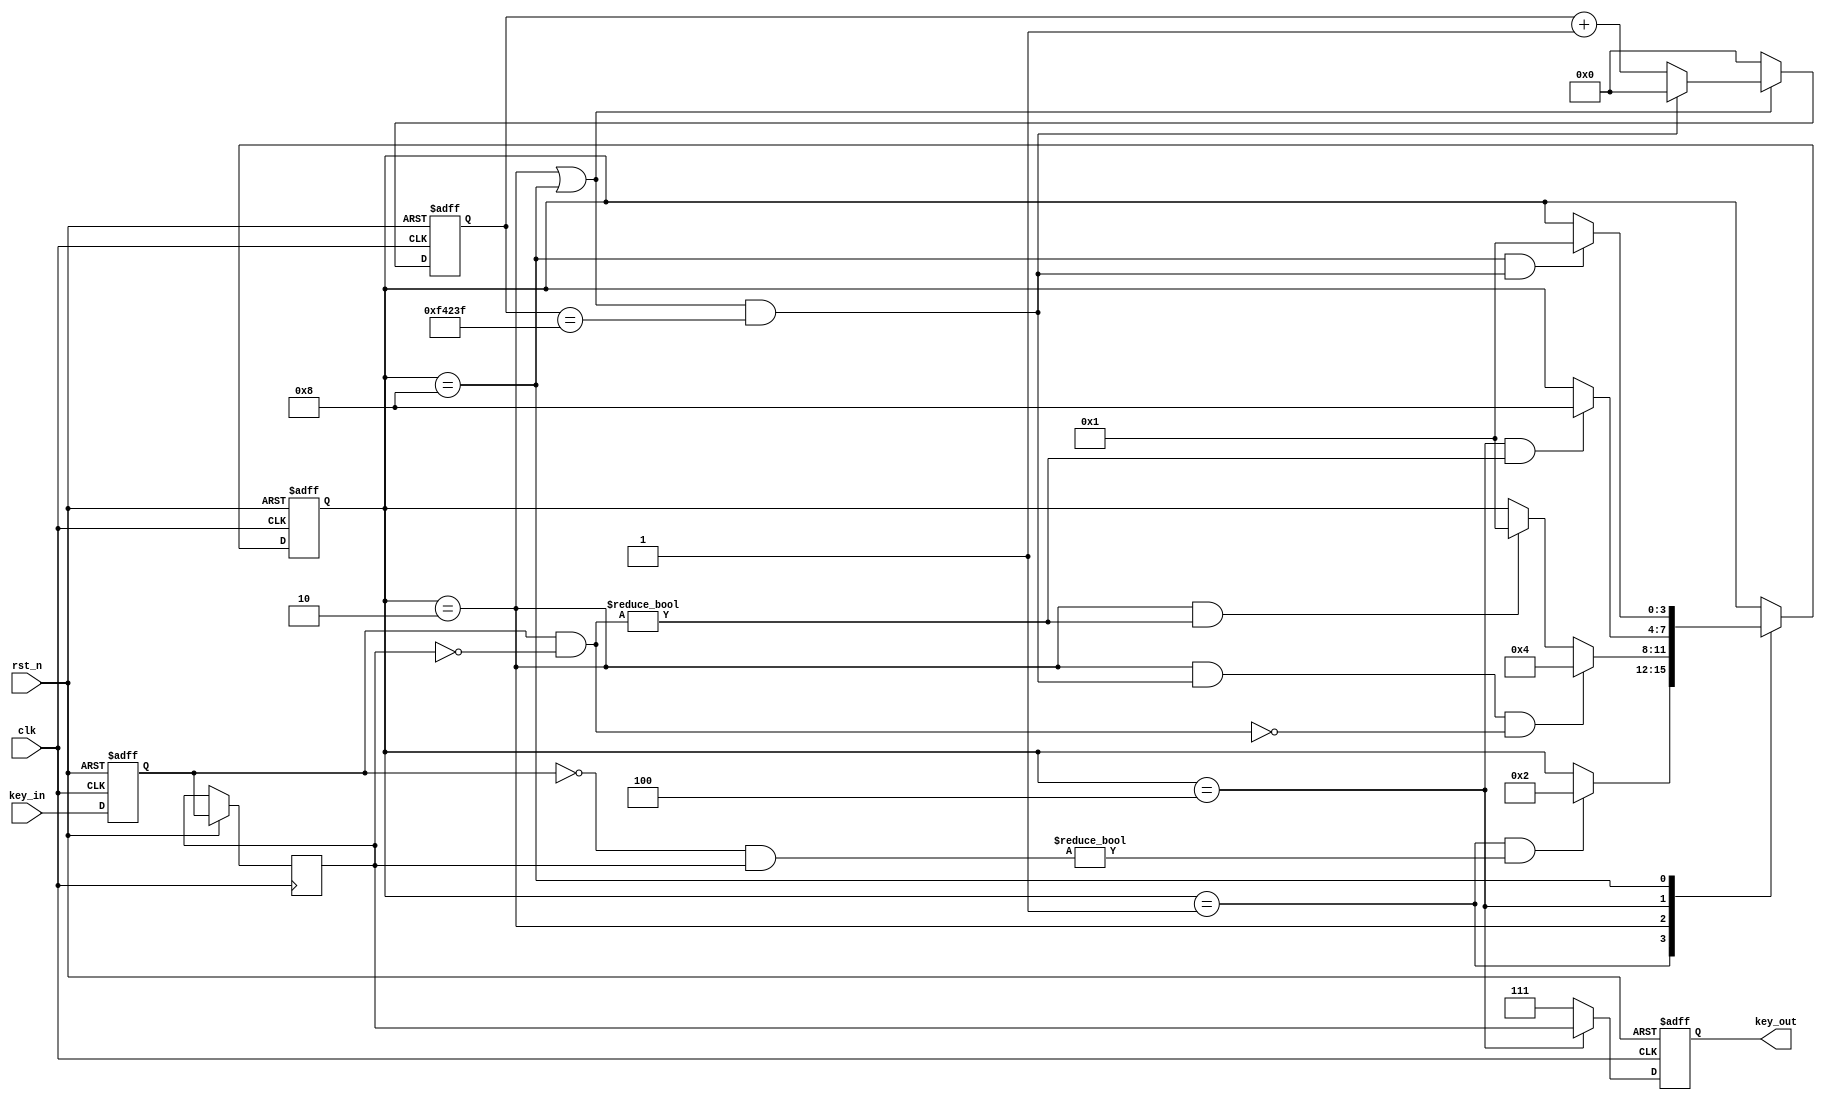
module fsm_key#(parameter TIME_20MS = 1000_000, W = 3)(

    input               clk,
    input               rst_n,
    input       [W-1:0] key_in,
    output reg  [W-1:0] key_out

);

    // 
    reg     [W-1:0] key_r0;
    reg     [W-1:0] key_r1;
    wire    [W-1:0] posEdge;
    wire    [W-1:0] negEdge;
    
    always @(posedge clk or negedge rst_n)begin
        
        if(!rst_n)begin
            key_r0 <= {W{1'b1}};
        end
        else begin
            key_r0 <= key_in;
            key_r1 <= key_r0;
        end

    end

    assign negEdge = ~key_r0 & key_r1;
    assign posEdge = key_r0  & ~key_r1;


    //
    parameter   IDLE = 4'b0001,
                DOWN = 4'b0010,
                HOLD = 4'b0100,
                UP   = 4'b1000;

    //
    reg [3:0] state_c;
    reg [3:0] state_n;

    //
    wire idle2down;
    wire down2hold;
    wire down2idle;
    wire hold2up;
    wire up2idle;

    //
    reg [19:0] cnt;
    wire add_cnt;
    wire end_cnt;

    always @(posedge clk or negedge rst_n)begin
        
        if(!rst_n)
            cnt <= 20'd0;
        else if(add_cnt)
            if(end_cnt)
                cnt <= 20'd0;
            else
                cnt <= cnt + 1'b1;
        else
            cnt <= 20'd0;

    end

    assign add_cnt = state_c == DOWN || state_c == UP;
    assign end_cnt = add_cnt && cnt == TIME_20MS - 1;

    //  
    always @(posedge clk or negedge rst_n)begin
        
        if(!rst_n)
            state_c <= IDLE;
        else
            state_c <= state_n;

    end

    //   
    always @(*)begin
        
        case(state_c)

            IDLE    :   if(idle2down)
                            state_n = DOWN;
                        else
                            state_n = state_c;
            DOWN    :   if(down2hold)
                            state_n = HOLD;
                        else if(down2idle)
                            state_n = IDLE;
                        else
                            state_n = state_c;
            HOLD    :   if(hold2up)
                            state_n = UP;
                        else
                            state_n = state_c;
            UP      :   if(up2idle)
                            state_n = IDLE;
                        else
                            state_n = state_c;
            default :   state_n = state_c;

        endcase

    end
    
    assign idle2down = state_c == IDLE && negEdge != 1'b0;
    assign down2hold = state_c == DOWN && end_cnt && posEdge == 1'b0;
    assign down2idle = state_c == DOWN && posEdge != 1'b0;
    assign hold2up   = state_c == HOLD && posEdge != 1'b0;
    assign up2idle   = state_c == UP   && end_cnt;

    // 
    always @(posedge clk or negedge rst_n)begin
        
        if(!rst_n)
            key_out <= {W{1'b1}};
        else if(state_c == HOLD)
            key_out <= key_r1;
        else
            key_out <= {W{1'b1}};

    end

endmodule